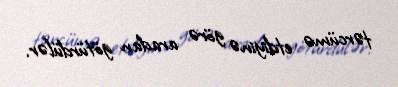
tərcümə etdiyinə görə aradan götürdülər.